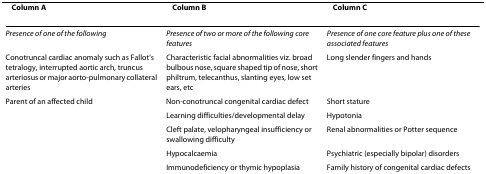
| Column A | Column B | Column C |
 | --- | --- | --- |
 | Presence of one of the following | Presence of two or more of the following core features | Presence of one core feature plus one of these associated features |
 | Conotruncal cardiac anomaly such as Fallot's tetralogy, interrupted aortic arch, truncus arteriosus or major aorto-pulmonary collateral arteries | Characteristic facial abnormalities viz. broad bulbous nose, square shaped tip of nose, short philtrum, telecanthus, slanting eyes, low set ears, etc | Long slender fingers and hands |
 | Parent of an affected child | Non-conotruncal congenital cardiac defect | Short stature |
 |  | Learning difficulties/developmental delay | Hypotonia |
 |  | Cleft palate, velopharyngeal insufficiency or swallowing difficulty | Renal abnormalities or Potter sequence |
 |  | Hypocalcaemia | Psychiatric (especially bipolar) disorders |
 |  | Immunodeficiency or thymic hypoplasia | Family history of congenital cardiac defects |